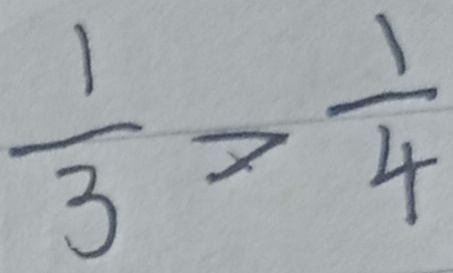
\frac { 1 } { 3 } > \frac { 1 } { 4 }